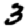
Digit: 3